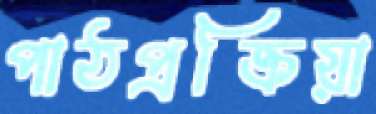
পাঠপ্রক্রিয়া